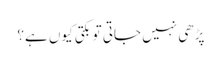
پڑھی نہیں جاتی تو بکتی کیوں ہے؟